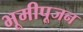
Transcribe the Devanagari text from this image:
भूमीपूजन